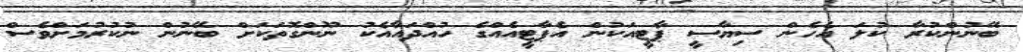
ބޭނުންކުރާ ކުލަ އެހެން ސިޔާސީ ޕާޓީއަކުން އެޕާޓީއެއްގެ ހުއްދައާއެކު ނޫންގޮތަކަށް ބޭނުން ނުކުރުމަށްވެސް